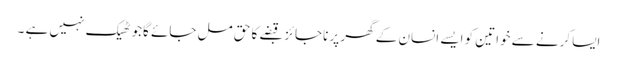
ایسا کرنے سے خواتین کو ایسے انسان کے گھر پر ناجائز قبضے کا حق مل جائے گاجو ٹھیک نہیں ہے ۔